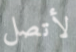
لأتصل